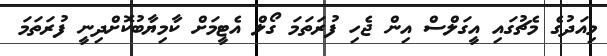
މިއަދުގެ މެޗުގައި އީގަލްސް އިން ޖެހި ފުރަތަމަ ގޯލް އެޓީމަށް ކާމިޔާބުކޮށްދިނީ ފުރަތަމަ